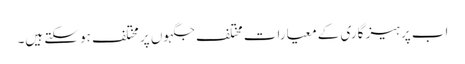
اب پرہیز گاری کے معیارات مختلف جگہوں پر مختلف ہو سکتے ہیں۔